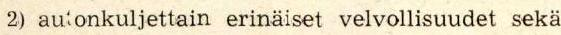
2) au'onkuljettain erinäiset velvollisuudet sekä